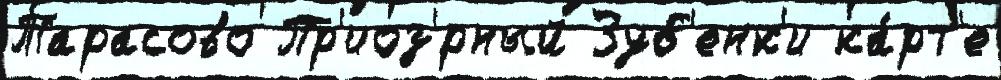
Тарасово Пр'иоз'́рный Зуб'енк'и ка́рт'е